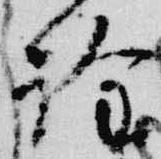
詮